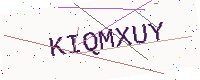
Text: KIQMXUY